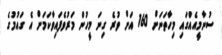
ސުނާމީއެއްގައި މިހާތަނަށް 160 އަށް ވުރެ ގިނަ މީހުން މަރުވެފައިވާކަމަށް އެ ގައުމުގެ